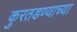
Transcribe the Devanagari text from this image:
कुरतडण्याच्या